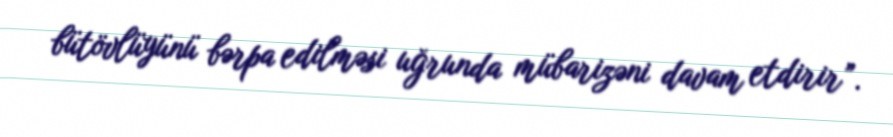
bütövlüyünü bərpa edilməsi uğrunda mübarizəni davam etdirir”.